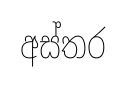
අස්තර